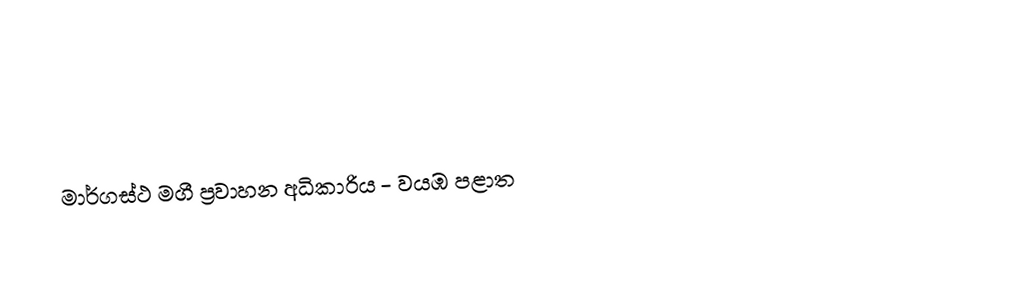

මාර්ගස්ථ මගී ප්‍රවාහන අධිකාරිය - වයඹ පළාත